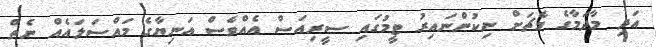
އަދި މާދަމާގެ މެޗަށް ނިކުންނައިރު ޓީމުގައި ސީރިއަސް އެއްވެސް އަނިޔާގެ މައްސަލައެއް ނެތް